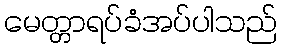
မေတ္တာရပ်ခံအပ်ပါသည်